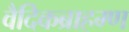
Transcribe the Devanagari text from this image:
वैदिकब्राहम्ण